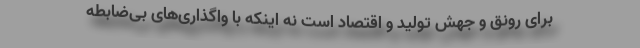
برای رونق و جهش تولید و اقتصاد است نه اینکه با واگذاری‌های بی‌ضابطه